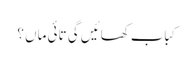
کباب کھائیں گی تائی ماں ؟